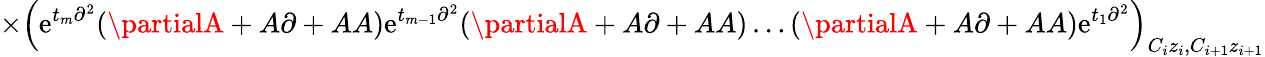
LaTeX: \times\left(\mathrm{e}^{t_{m}\partial^{2}}(\partialA+A\partial+AA)\mathrm{e}^{t_{m-1}\partial^{2}}(\partialA+A\partial+AA)\ldots(\partialA+A\partial+AA)\mathrm{e}^{t_{1}\partial^{2}}\right)_{C_{i}z_{i},C_{i+1}z_{i+1}}